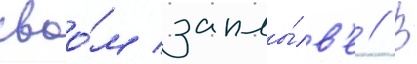
своо́м заплы́в'е // В